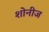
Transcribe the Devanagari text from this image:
शोनीज